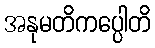
အနုမတိကပ္ပေါတိ